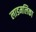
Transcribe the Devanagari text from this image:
लाडमलिका